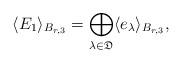
\begin{align*} \langle E_1 \rangle_{B_{r,3}}=\bigoplus_{\lambda\in \mathfrak{D}}\langle e_{\lambda} \rangle_{B_{r,3}}, \end{align*}